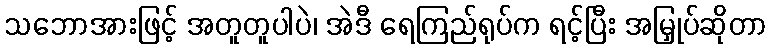
သဘောအားဖြင့် အတူတူပါပဲ၊ အဲဒီ ရေကြည်ရုပ်က ရင့်ပြီး အမြှုပ်ဆိုတာ